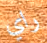
راي